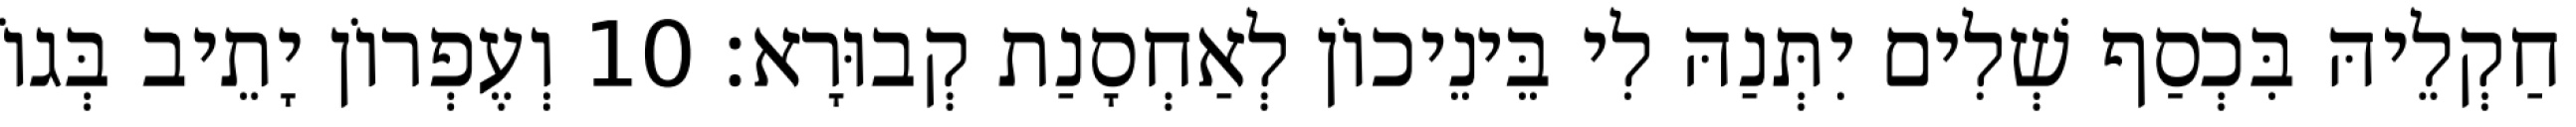
חַקְלֵיהּ בִּכְסַף שְׁלִים יִתְּנַהּ לִי בֵּינֵיכוֹן לְאַחְסָנַת קְבוּרָא׃ 10 וְעֶפְרוֹן יָתֵיב בְּגוֹ